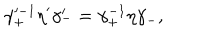
\gamma _ { + } ^ { \prime - 1 } \eta ^ { \prime } \gamma _ { - } ^ { \prime } = \gamma _ { + } ^ { - 1 } \eta \gamma _ { - } ,